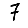
Digit: 7